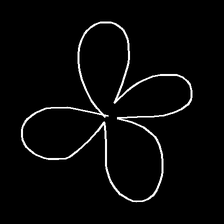
Glyph: billowing